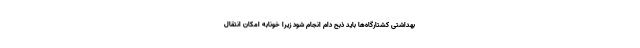
بهداشتی کشتارگاه‌ها باید ذبح دام انجام شود زیرا خونابه‌ امکان انتقال